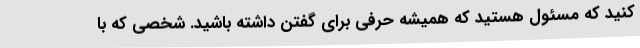
کنید که مسئول هستید که همیشه حرفی برای گفتن داشته باشید. شخصی که با